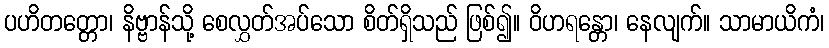
ပဟိတတ္တော၊ နိဗ္ဗာန်သို့ စေလွှတ်အပ်သော စိတ်ရှိသည် ဖြစ်၍။ ဝိဟရန္တော၊ နေလျက်။ သာမာယိကံ၊